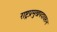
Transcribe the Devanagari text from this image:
राष्ट्रप्रमुखपदावरुन